Annual returns of the Patna Lunatic Asylum at Bankipore in Bihar and Orissa - 1912-1924
Year: 1912
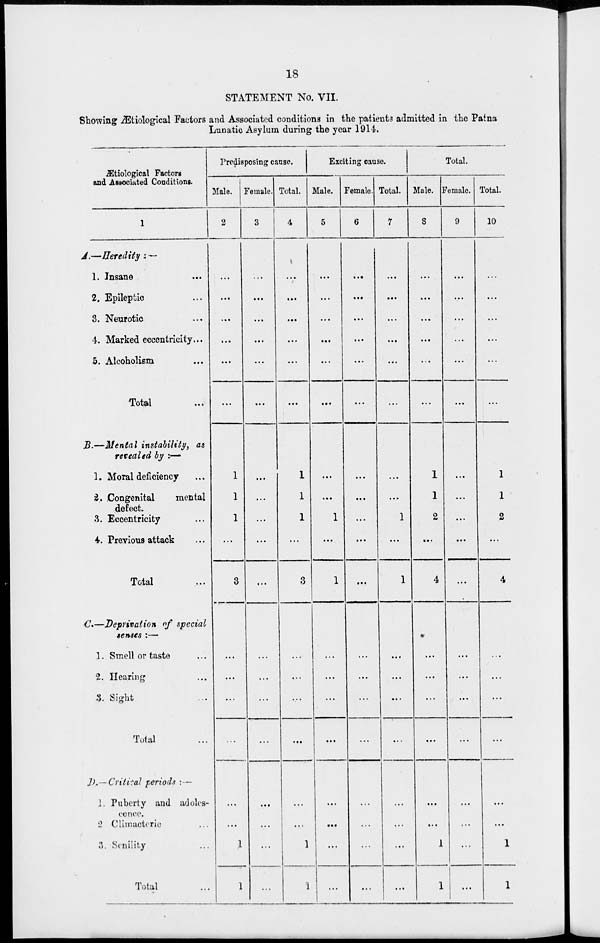
18
STATEMENT No. VII.
Showing Ætiological Factors and Associated conditions in the patients admitted in the Patna
Lunatic Asylum during the year 1914.
Ætiological Factors
and Associated Conditions.
1
A.—Heredity
:—
1. Insane ...
2. Epileptic ...
3. Neurotic ...
4. Marked eccentricity...
5. Alcoholism ...
Total ...
B.—Mental instability, as
revealed by :—
1. Moral deficiency ...
2. Congenital
mental
defect.
3. Eccentricity ...
4. Previous attack ...
Total ...
C.—Deprivation of special
senses :—
1. Smell or taste ...
2. Hearing ...
3. Sight ...
Total ...
D.—Critical
periods :—
J. Puberty and adolcs-
cence.
2 Climacteric ...
3. Senility ...
Total ...
Predisposing cause.
Male.
2
...
...
...
...
...
...
1
1
1
...
3
...
...
...
...
...
...
1
1
Female.
3
...
...
...
...
...
...
...
...
...
...
...
...
...
...
...
...
...
...
...
Total.
4
...
...
...
...
...
...
1
1
1
...
3
...
...
...
...
...
...
1
1
Exciting cause.
Male.
5
...
...
...
...
...
...
...
...
1
...
1
...
...
...
...
...
...
...
...
Female.
6
...
...
...
...
...
...
...
...
...
...
...
...
...
...
...
...
...
...
...
Total.
7
...
...
...
...
...
...
...
...
1
...
1
...
...
...
...
...
...
...
...
Total.
Male. .
8
...
...
...
...
...
...
1
1
2
...
4
...
...
...
...
...
...
1
1
Female.
9
...
...
...
...
...
...
...
...
...
...
...
...
...
...
...
...
...
...
Total.
10
...
...
...
...
...
...
1
1
2
...
4
...
...
...
...
...
1
1